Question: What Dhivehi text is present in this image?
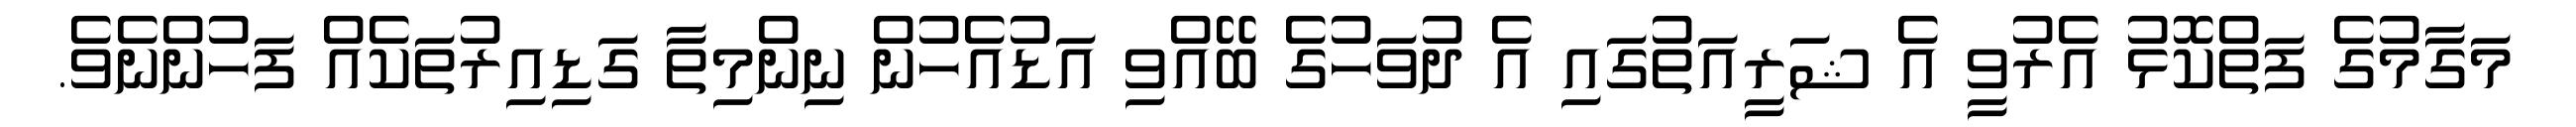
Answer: މަގާމުގެ ފަތްކޮޅު އެރުވީ އެ ޝަރީއަތުގައި އެ ދުވަހުގެ ބޭއްވި އަޑުއެހުން ނިންމިތާ ގަޑިއިރުތަކެއް ފަހުންނެވެ.